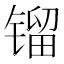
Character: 镏